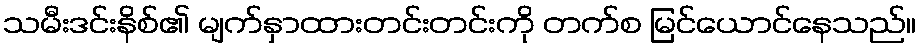
သမီးဒင်းနိစ်၏ မျက်နှာထားတင်းတင်းကို တက်စ မြင်ယောင်နေသည်။